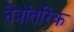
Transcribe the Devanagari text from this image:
नेत्रांतरिक